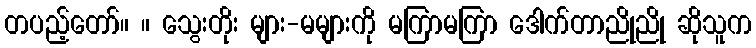
တပည့်တော်။ ။ သွေးတိုး များ-မများကို မကြာမကြာ ဒေါက်တာညိုညို ဆိုသူက